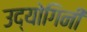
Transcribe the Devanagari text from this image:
उद्योगिनी